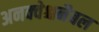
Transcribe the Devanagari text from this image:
अनक्वेश्चनैबल